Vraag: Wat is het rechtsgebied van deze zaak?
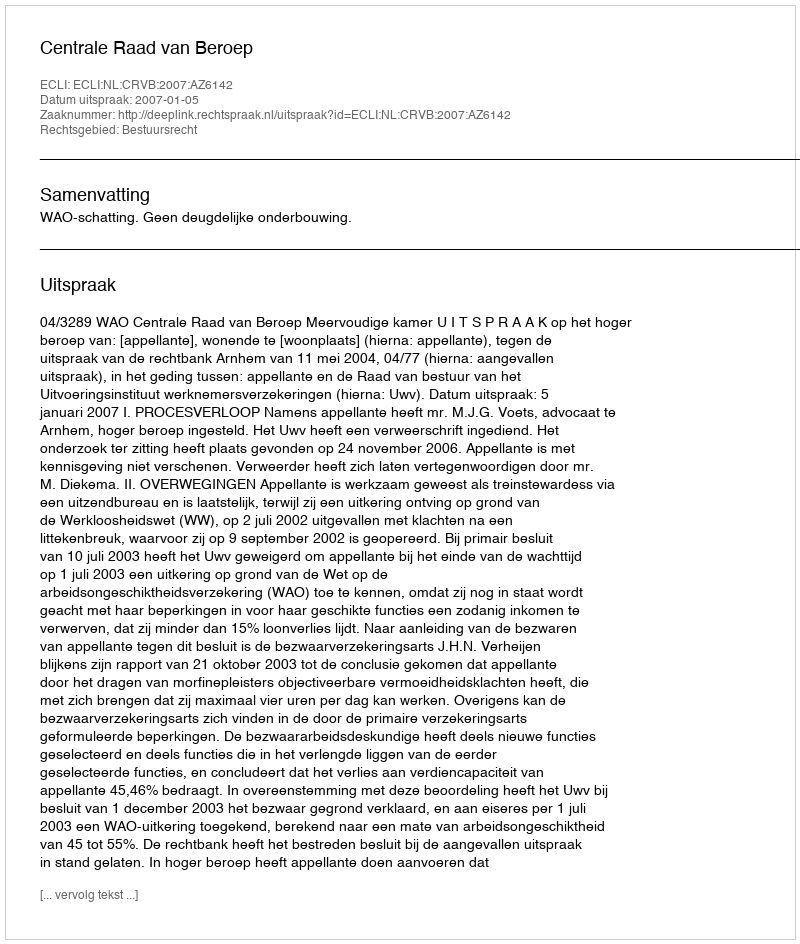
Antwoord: Bestuursrecht